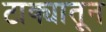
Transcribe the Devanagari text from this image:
टाक्यातून